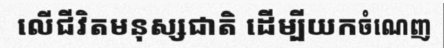
លើជីវិតមនុស្សជាតិ ដើម្បីយកចំណេញ